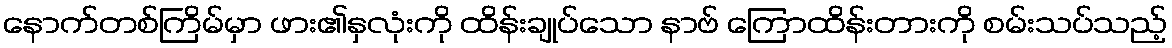
နောက်တစ်ကြိမ်မှာ ဖား၏နှလုံးကို ထိန်းချုပ်သော နာဗ် ကြောထိန်းတားကို စမ်းသပ်သည့်